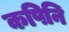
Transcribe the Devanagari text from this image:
कपिनि